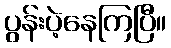
ပွန်းပဲ့နေကြပြီ။